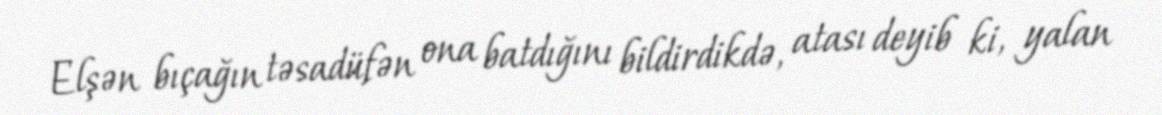
Elşən bıçağın təsadüfən ona batdığını bildirdikdə, atası deyib ki, yalan